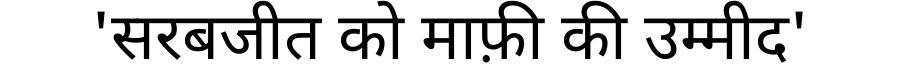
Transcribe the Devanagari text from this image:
'सरबजीत को माफ़ी की उम्मीद'